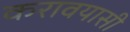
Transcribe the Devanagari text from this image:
करावयासी